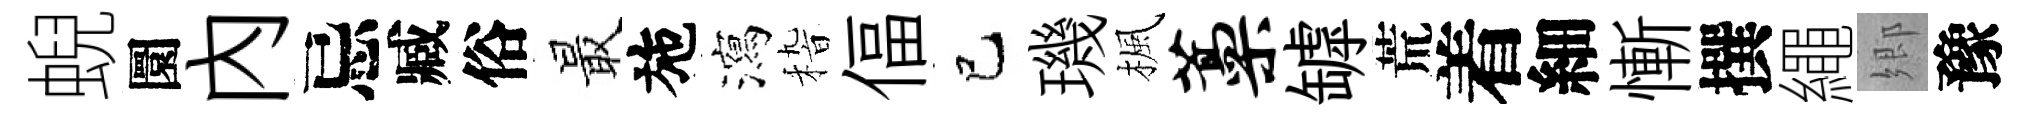
蜺圜内忌臧俗最施瀉𥟵偪巳璣楓藁罅荒着細慚撰繩郷豫